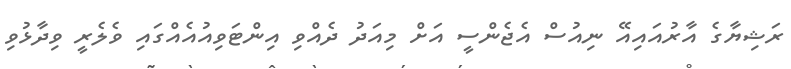
ރަޝިޔާގެ އާރުއައިއޭ ނިއުސް އެޖެންސީ އަށް މިއަދު ދެއްވި އިންޓަވިއުއެއްގައި ވެލެރީ ވިދާޅުވި